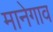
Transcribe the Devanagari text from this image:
मानेगाव